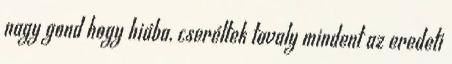
nagy gond hogy hiába, cseréltek tavaly mindent az eredeti